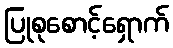
ပြုစုစောင့်ရှောက်